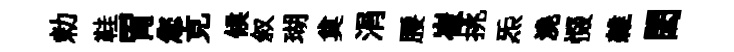
勅鞋胃您克候叙瑚奠涓腰崔挑炁澆惙雜閎